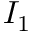
I _ { 1 }